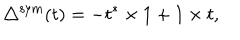
\triangle ^ { \mathrm { s y m } } ( t ) = - t ^ { * } \times 1 + 1 \times t ,